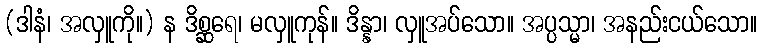
(ဒါနံ၊ အလှူကို။) န ဒိစ္ဆရေ၊ မလှူကုန်။ ဒိန္နာ၊ လှူအပ်သော။ အပ္ပသ္မာ၊ အနည်းငယ်သော။